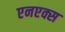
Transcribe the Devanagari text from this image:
एनएक्स